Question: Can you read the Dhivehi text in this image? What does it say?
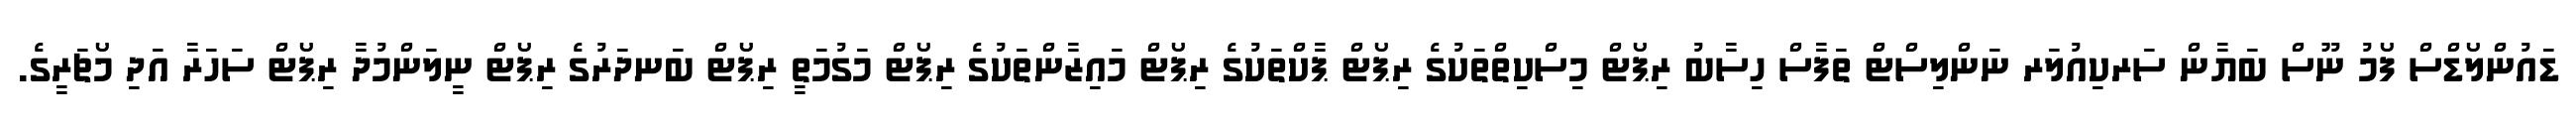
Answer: ޑައުންލޯޑްސް ފޯމު ނޫސް ބަޔާން ސަރކިއުލަރ ނަންލިސްޓް ތަފާސް ހިސާބު ރިޕޯޓް މިސްކިތްތަކުގެ ރިޕޯޓް ޕާކްތަކުގެ ރިޕޯޓް މައިޒާންތަކުގެ ރިޕޯޓް މަގުމަތީ ރިޕޯޓް ބަނދަރުގެ ރިޕޯޓް ނީލަންމުދާ ރިޕޯޓް ސަހަރާ އަދި މޯޗަރީގެ.